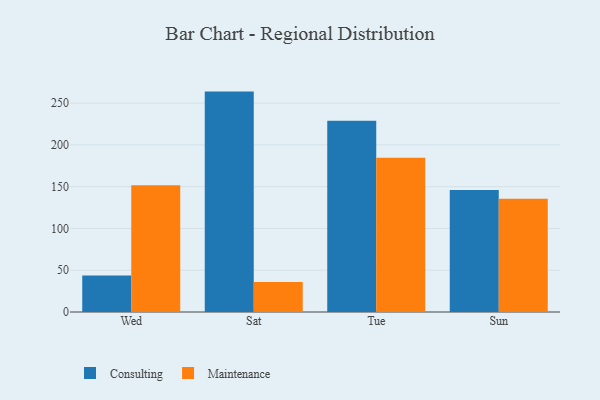
{"axis": {"x": "Day", "y": "Backlog"}, "legend": ["Consulting", "Maintenance"], "data": [{"x": "Wed", "y": 43.6, "type": "Consulting"}, {"x": "Wed", "y": 151.8, "type": "Maintenance"}, {"x": "Sat", "y": 263.8, "type": "Consulting"}, {"x": "Sat", "y": 36.0, "type": "Maintenance"}, {"x": "Tue", "y": 228.8, "type": "Consulting"}, {"x": "Tue", "y": 184.5, "type": "Maintenance"}, {"x": "Sun", "y": 146.1, "type": "Consulting"}, {"x": "Sun", "y": 135.6, "type": "Maintenance"}]}